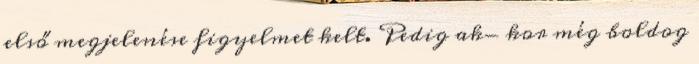
első megjelenése figyelmet kelt. Pedig ak- kor még boldog